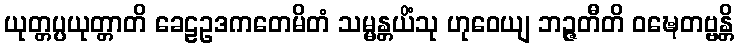
ယုတ္တပ္ပယုတ္တာတိ ခေဠဥဒကတေမိတံ သမ္မန္တယိံသု ဟုဝေယျ ဘဉ္ဇတီတိ ဝဍ္ဎေတဗ္ဗန္တိ